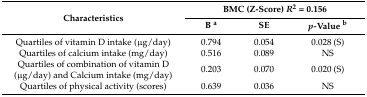
<table><thead><tr><td rowspan="2"><b>Characteristics</b></td><td colspan="3"><b>BMC (Z-Score) <i>R</i><sup>2</sup> = 0.156</b></td></tr><tr><td><b>B <sup>a</sup></b></td><td><b>SE</b></td><td><b><i>p-</i>Value <sup>b</sup></b></td></tr></thead><tbody><tr><td>Quartiles of vitamin D intake (μg/day)</td><td>0.794</td><td>0.054</td><td>0.028 (S)</td></tr><tr><td>Quartiles of calcium intake (mg/day)</td><td>0.516</td><td>0.089</td><td>NS</td></tr><tr><td>Quartiles of combination of vitamin D (μg/day) and Calcium intake (mg/day)</td><td>0.203</td><td>0.070</td><td>0.020 (S)</td></tr><tr><td>Quartiles of physical activity (scores)</td><td>0.639</td><td>0.036</td><td>NS</td></tr></tbody></table>